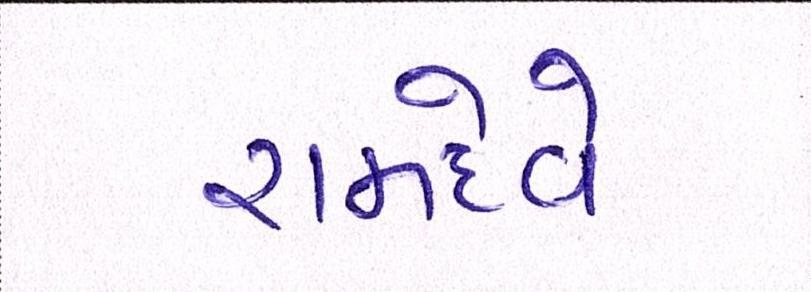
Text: રામદેવે